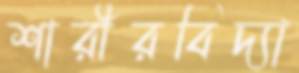
শারীরবিদ্যা